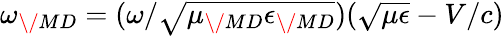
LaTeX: \omega_{\/ {MD}}=(\omega/\sqrt{\mu_{\/ {MD}}\epsilon_{\/ {MD}}})(\sqrt{\mu\epsilon}-V/c)